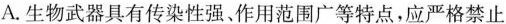
A.生物武器具有传染性强、作用范围广等特点，应严格禁止